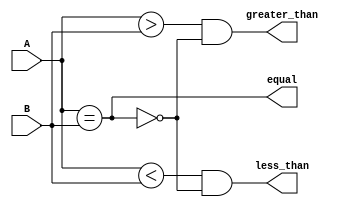
module unsigned_comparator(
    input [7:0] A,
    input [7:0] B,
    output equal,
    output less_than,
    output greater_than
);

wire [7:0] notB;
assign notB = ~B;

assign equal = (A == B);
assign less_than = ((A < B) && (~equal));
assign greater_than = ((A > B) && (~equal));

endmodule